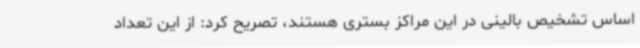
اساس تشخیص بالینی در این مراکز بستری هستند، تصریح کرد: از این تعداد